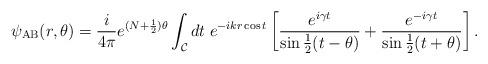
\begin{align*}\psi_{\rm AB}(r,\theta)={i\over 4\pi}e^{(N+{1\over2})\theta} \int_{\cal C}dt\;e^{-ikr\cos t}\left[{e^{i\gamma t}\over\sin{1\over2}(t-\theta)}+{e^{-i\gamma t}\over\sin{1\over2}(t+\theta)}\right].\end{align*}